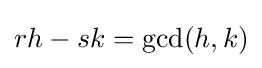
rh-sk=\gcd(h,k)